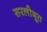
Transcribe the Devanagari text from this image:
सरलीभूत